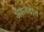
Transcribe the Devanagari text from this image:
अशवदात